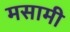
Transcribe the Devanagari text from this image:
मसामी